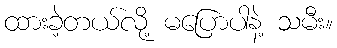
ထားခဲ့တယ်လို့ မပြောပါနဲ့ သမီး။